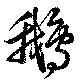
鵝